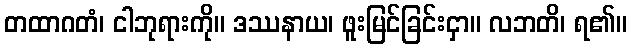
တထာဂတံ၊ ငါဘုရားကို။ ဒဿနာယ၊ ဖူးမြင်ခြင်းငှာ။ လဘတိ၊ ရ၏။